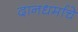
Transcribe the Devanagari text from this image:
दानधर्माचे